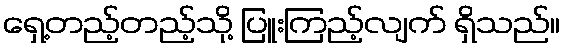
ရှေ့တည့်တည့်သို့ ပြူးကြည့်လျက် ရှိသည်။